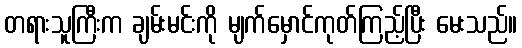
တရားသူကြီးက ချမ်းမင်းကို မျက်မှောင်ကုတ်ကြည့်ပြီး မေးသည်။